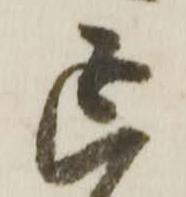
延